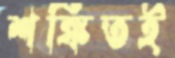
শঙ্কিতই